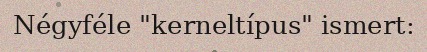
Négyféle "kerneltípus" ismert: